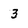
Character: 3